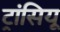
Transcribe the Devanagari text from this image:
ट्रांसियू